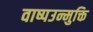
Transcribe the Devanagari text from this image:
वाष्पउन्मुक्ति